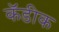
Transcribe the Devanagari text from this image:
कॅडीक